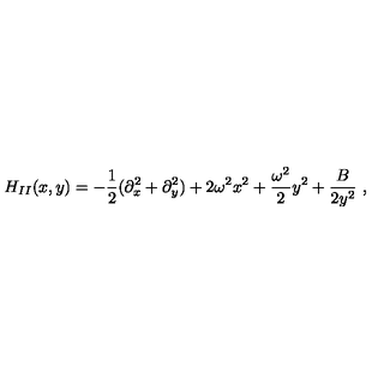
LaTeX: H _ { I I } ( x , y ) = - \frac { 1 } { 2 } ( \partial _ { x } ^ { 2 } + \partial _ { y } ^ { 2 } ) + 2 \omega ^ { 2 } x ^ { 2 } + \frac { \omega ^ { 2 } } { 2 } y ^ { 2 } + \frac { B } { 2 y ^ { 2 } } \ ,